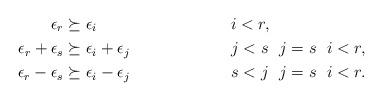
LaTeX: \begin{align*}\epsilon_r &\succeq \epsilon_i && \ i < r, \\\epsilon_r + \epsilon_s &\succeq \epsilon_i + \epsilon_j && \ j < s \ \ j = s \ \ i < r, \\\epsilon_r - \epsilon_s &\succeq \epsilon_i - \epsilon_j && \ s < j \ \ j = s \ \ i < r.\end{align*}